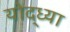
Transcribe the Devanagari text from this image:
योद्ध्या